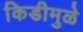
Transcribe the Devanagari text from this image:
किडीमुळे